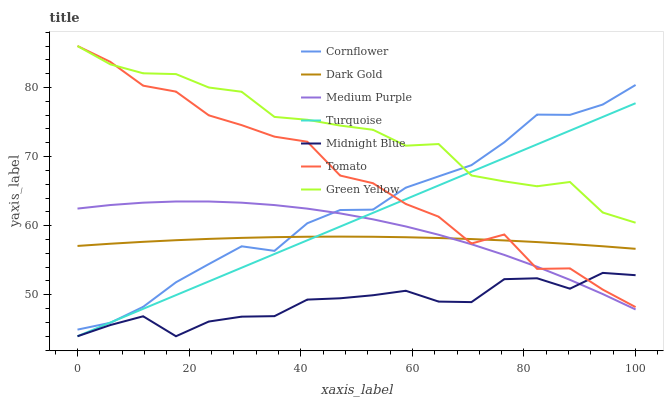
| xaxis_label | Cornflower | Dark Gold | Medium Purple | Turquoise | Midnight Blue | Tomato | Green Yellow |
 | --- | --- | --- | --- | --- | --- | --- | --- |
 | 0 | 45 | 57.1 | 62.5 | 44 | 44 | 86 | 86 |
 | 5.88 | 45.9 | 57.4 | 63 | 46 | 45.6 | 83.7 | 83.3 |
 | 11.8 | 48.3 | 57.7 | 63.3 | 48 | 46.9 | 80.3 | 82.1 |
 | 17.6 | 51.8 | 57.9 | 63.5 | 50 | 44 | 79.4 | 81.9 |
 | 23.5 | 54.4 | 58.1 | 63.5 | 51.9 | 46.1 | 76 | 80 |
 | 29.4 | 57 | 58.2 | 63.3 | 53.9 | 46.8 | 74.6 | 79.4 |
 | 35.3 | 56.4 | 58.3 | 63 | 55.9 | 46.9 | 72.9 | 75.7 |
 | 41.2 | 60.4 | 58.4 | 62.5 | 57.9 | 49.3 | 72.2 | 75.3 |
 | 47.1 | 62.3 | 58.4 | 61.8 | 59.9 | 49.5 | 67.3 | 74.5 |
 | 52.9 | 62.3 | 58.4 | 60.9 | 61.9 | 49.9 | 66.1 | 73.9 |
 | 58.8 | 65.5 | 58.3 | 59.9 | 63.8 | 50.6 | 63.1 | 71.6 |
 | 64.7 | 67.1 | 58.2 | 58.7 | 65.8 | 49 | 61.3 | 71.8 |
 | 70.6 | 68.8 | 58.1 | 57.3 | 67.8 | 48.9 | 57.4 | 67.3 |
 | 76.5 | 72.1 | 57.9 | 55.8 | 69.8 | 52.3 | 58.7 | 66.4 |
 | 82.4 | 76.1 | 57.6 | 54.1 | 71.8 | 52.4 | 53.7 | 65.7 |
 | 88.2 | 76 | 57.3 | 52.2 | 73.8 | 50.9 | 53.8 | 66.3 |
 | 94.1 | 77.5 | 57 | 50.1 | 75.7 | 53.2 | 50.7 | 61.9 |
 | 100 | 80.4 | 56.7 | 47.9 | 77.7 | 52.8 | 48.2 | 60.4 |